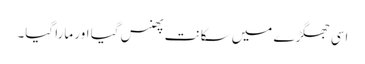
اسی جھگڑے میں سکانت پھنس گیا اور مارا گیا۔